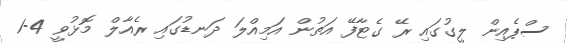
ސްޕެއިން ލީގުގައި ރޭ ގެޓާފޭ އަތުން އަމިއްލަ ދަނޑުގައި ރެއާލް މޮޅުވީ 4-1